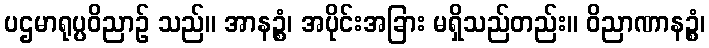
ပဌမာရုပ္ပဝိညာဉ် သည်။ အာနဉ္စံ၊ အပိုင်းအခြား မရှိသည်တည်း။ ဝိညာဏာနဉ္စံ၊